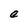
Character: e